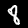
Digit: 8